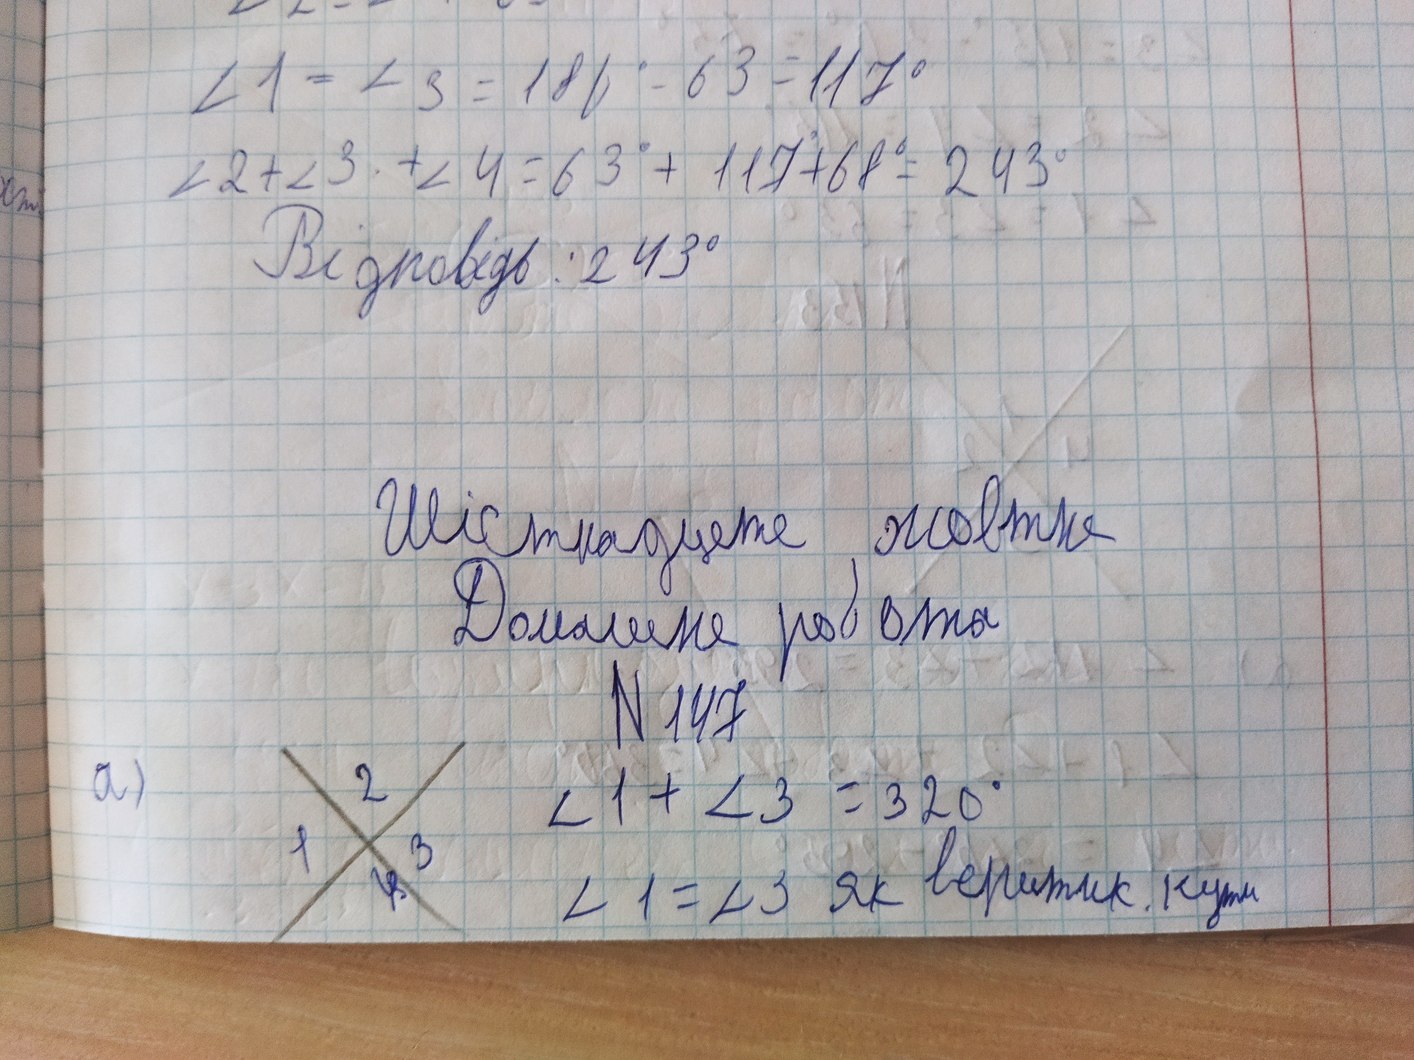
∠1 = ∠3 = 180° - 63 = 117°
∠2 + ∠3 + ∠4 = 63° + 117° + 68° = 243°
Відповідь: 243°
Шістнадцяте жовтня
Домашня робота
N147
a)
a) 1 2 3 4 ∠1 + ∠3 = 320°
∠1 = ∠3 як вертик. кути